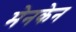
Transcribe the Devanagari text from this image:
मेनकेन